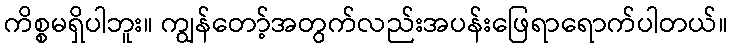
ကိစ္စမရှိပါဘူး။ ကျွန်တော့်အတွက်လည်းအပန်းဖြေရာရောက်ပါတယ်။